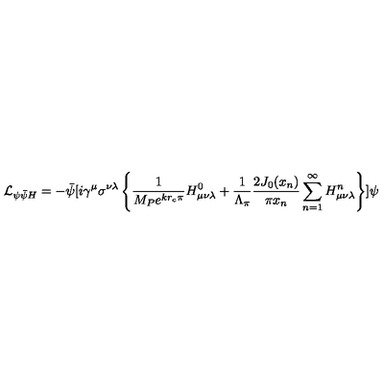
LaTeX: { \cal L } _ { \psi \bar { \psi } H } = - \bar { \psi } [ i \gamma ^ { \mu } \sigma ^ { \nu \lambda } \left\{ \frac { 1 } { M _ { P } e ^ { k r _ { c } \pi } } H _ { \mu \nu \lambda } ^ { 0 } + \frac { 1 } { \Lambda _ { \pi } } \frac { 2 J _ { 0 } ( x _ { n } ) } { \pi x _ { n } } \sum _ { n = 1 } ^ { \infty } H _ { \mu \nu \lambda } ^ { n } \right\} ] \psi